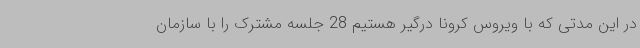
در این مدتی که با ویروس کرونا درگیر هستیم 28 جلسه مشترک را با سازمان